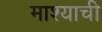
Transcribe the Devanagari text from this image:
माश्याची